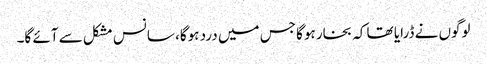
لوگوں نے ڈرایا تھا کہ بخار ہوگا جس میں درد ہوگا، سانس مشکل سے آئے گا۔